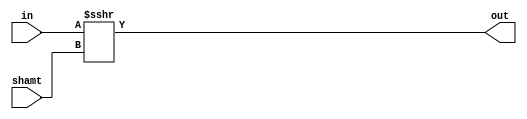
module shifter_right_arithmetic
#
(
  parameter N=32, SA=5
)
(
  input[N-1:0] in,
  input[4:0] shamt,
  output[N-1:0] out
);

assign out = (in >>> shamt);

endmodule